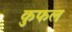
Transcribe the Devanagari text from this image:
कुफल